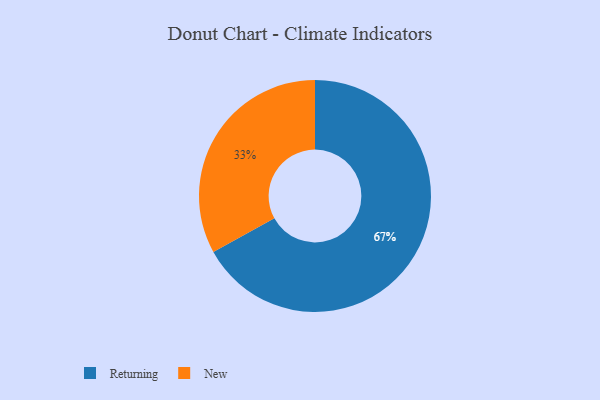
{"axis": {"x": "Category", "y": "Percentage"}, "legend": ["New", "Returning"], "data": [{"x": "Returning", "y": 67, "type": "Returning"}, {"x": "New", "y": 33, "type": "New"}]}